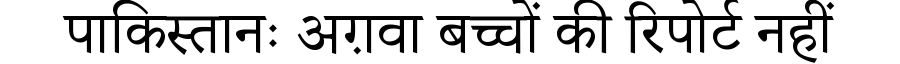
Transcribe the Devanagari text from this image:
पाकिस्तानः अग़वा बच्चों की रिपोर्ट नहीं